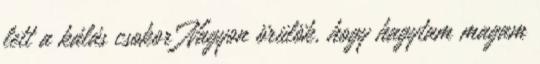
lett a kálás csokor Nagyon örülök, hogy hagytam magam